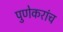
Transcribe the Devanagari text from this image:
पुणेकरांच